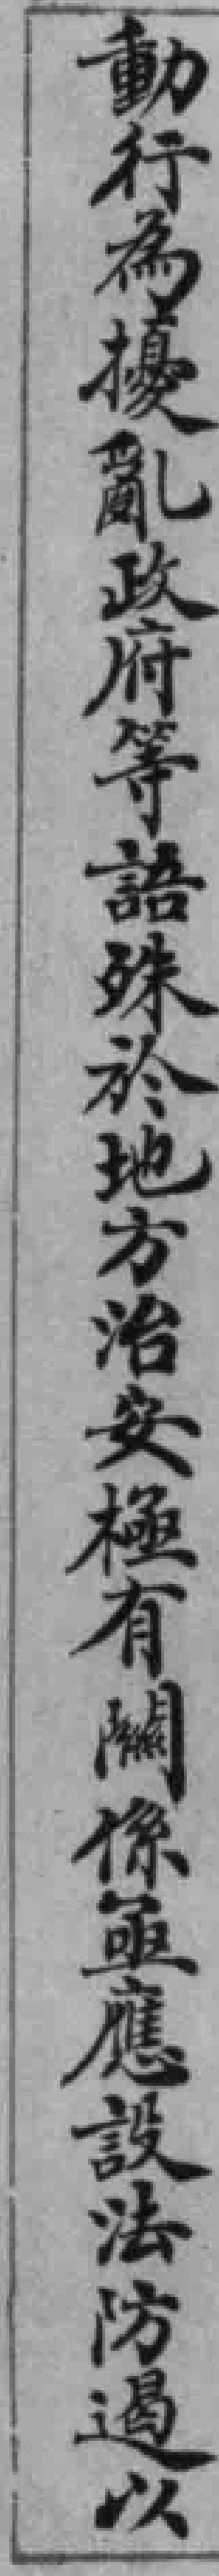
動行為擾亂政府等語殊於地方治安極有關係亟應設法防遏以